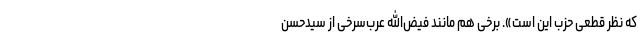
که نظر قطعی حزب این است». برخی هم مانند فیض‌الله عرب‌سرخی از سیدحسن